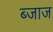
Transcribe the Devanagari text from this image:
ब्जाज